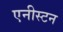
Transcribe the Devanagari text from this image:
एनीस्टन